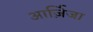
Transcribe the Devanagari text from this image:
आर्ज़िजा